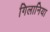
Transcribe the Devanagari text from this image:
गिलानिया